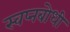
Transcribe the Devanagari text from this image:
स्वप्नबोधी